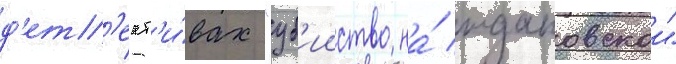
д'ет'ект'и́вах "уб'ииство на́ ждановскои"